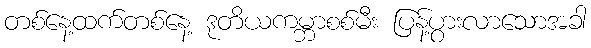
တစ်နေ့ထက်တစ်နေ့ ဒုတိယကမ္ဘာစစ်မီး ပြန့်ပွားလာသောအခါ